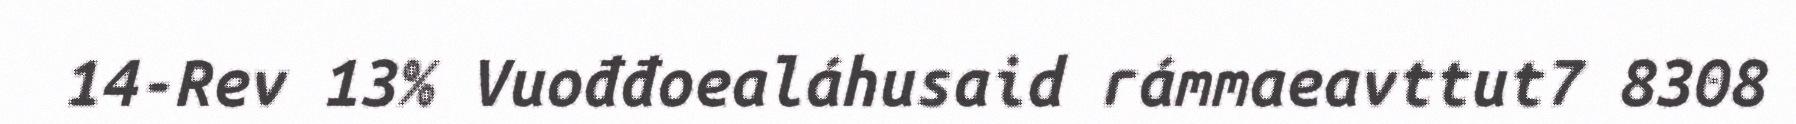
14-Rev 13% Vuođđoealáhusaid rámmaeavttut7 8308